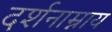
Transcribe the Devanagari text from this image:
दर्शनाम्नाय